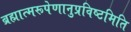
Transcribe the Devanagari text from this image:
ब्रह्मात्मरूपेणानुप्रविष्टमिति